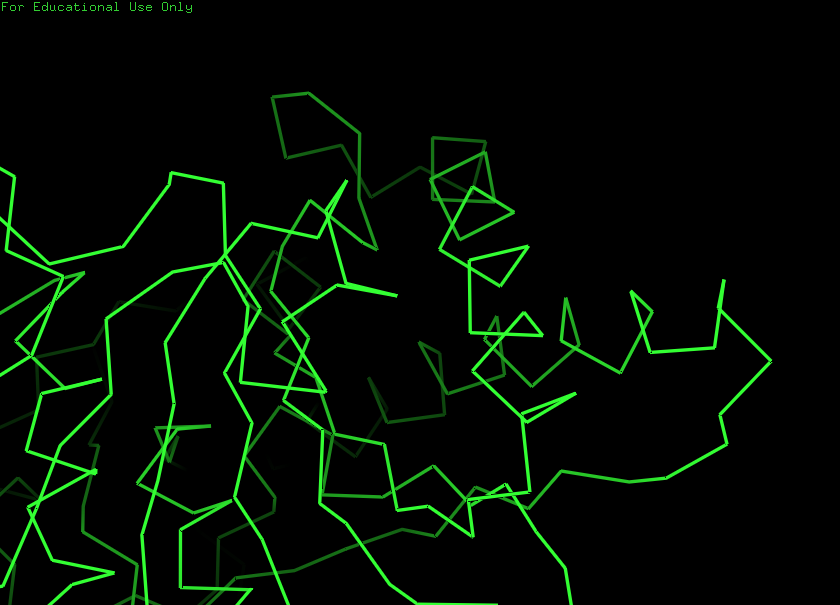
pymol, preset, simple_no_solv